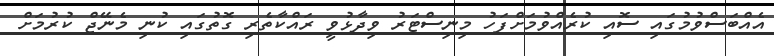
އެއްބަސްވުމުގައި ސޮއި ކުރެއްވުމަށްފަހު މިނިސްޓަރު ވިދާޅުވީ ރައްކާތެރި ގޮތުގައި ކުނި މެނޭޖް ކުރުމަށް